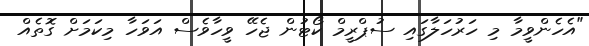
"އެހެންވީމާ މި ހަރުހަލާގައި ސުޕްރީމް ކޯޓުން ޖެހޭ ވީހާވެސް އަވަހާ މިކަމަށް ގޮތެއް